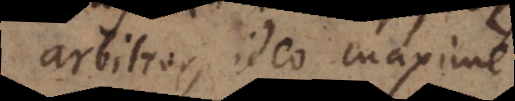
arbitror, ideo maxime